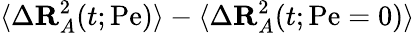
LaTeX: \langle\Delta\mathbf{R}_{A}^{2}(t;\mathrm{Pe})\rangle-\langle\Delta\mathbf{R}_{A}^{2}(t;\mathrm{Pe}=0)\rangle